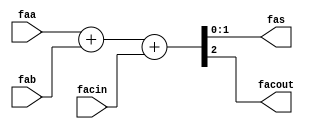
module nfa_accept_samples_generic_hw_add_17ns_17s_17_4_AddSubnS_6_fadder_f 
#(parameter
    N = 2
)(
    input  [N-1 : 0]  faa,
    input  [N-1 : 0]  fab,
    input  wire  facin,
    output [N-1 : 0]  fas,
    output wire  facout
);
assign {facout, fas} = faa + fab + facin;
endmodule